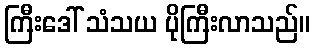
ကြီးဒေါ် သံသယ ပိုကြီးလာသည်။